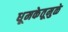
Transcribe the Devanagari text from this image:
धूमकेतूमुळे